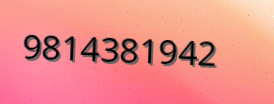
9814381942